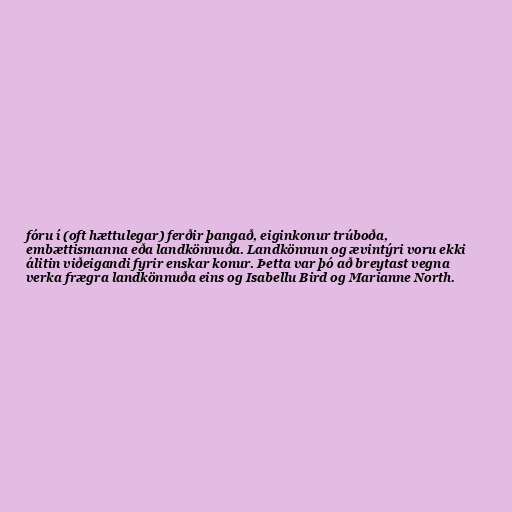
fóru í (oft hættulegar) ferðir þangað, eiginkonur trúboða,
embættismanna eða landkönnuða. Landkönnun og ævintýri voru ekki
álitin viðeigandi fyrir enskar konur. Þetta var þó að breytast vegna
verka frægra landkönnuða eins og Isabellu Bird og Marianne North.